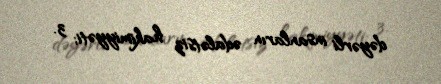
dəyərli insanların ədalətsiz hakimiyyəti; 3.